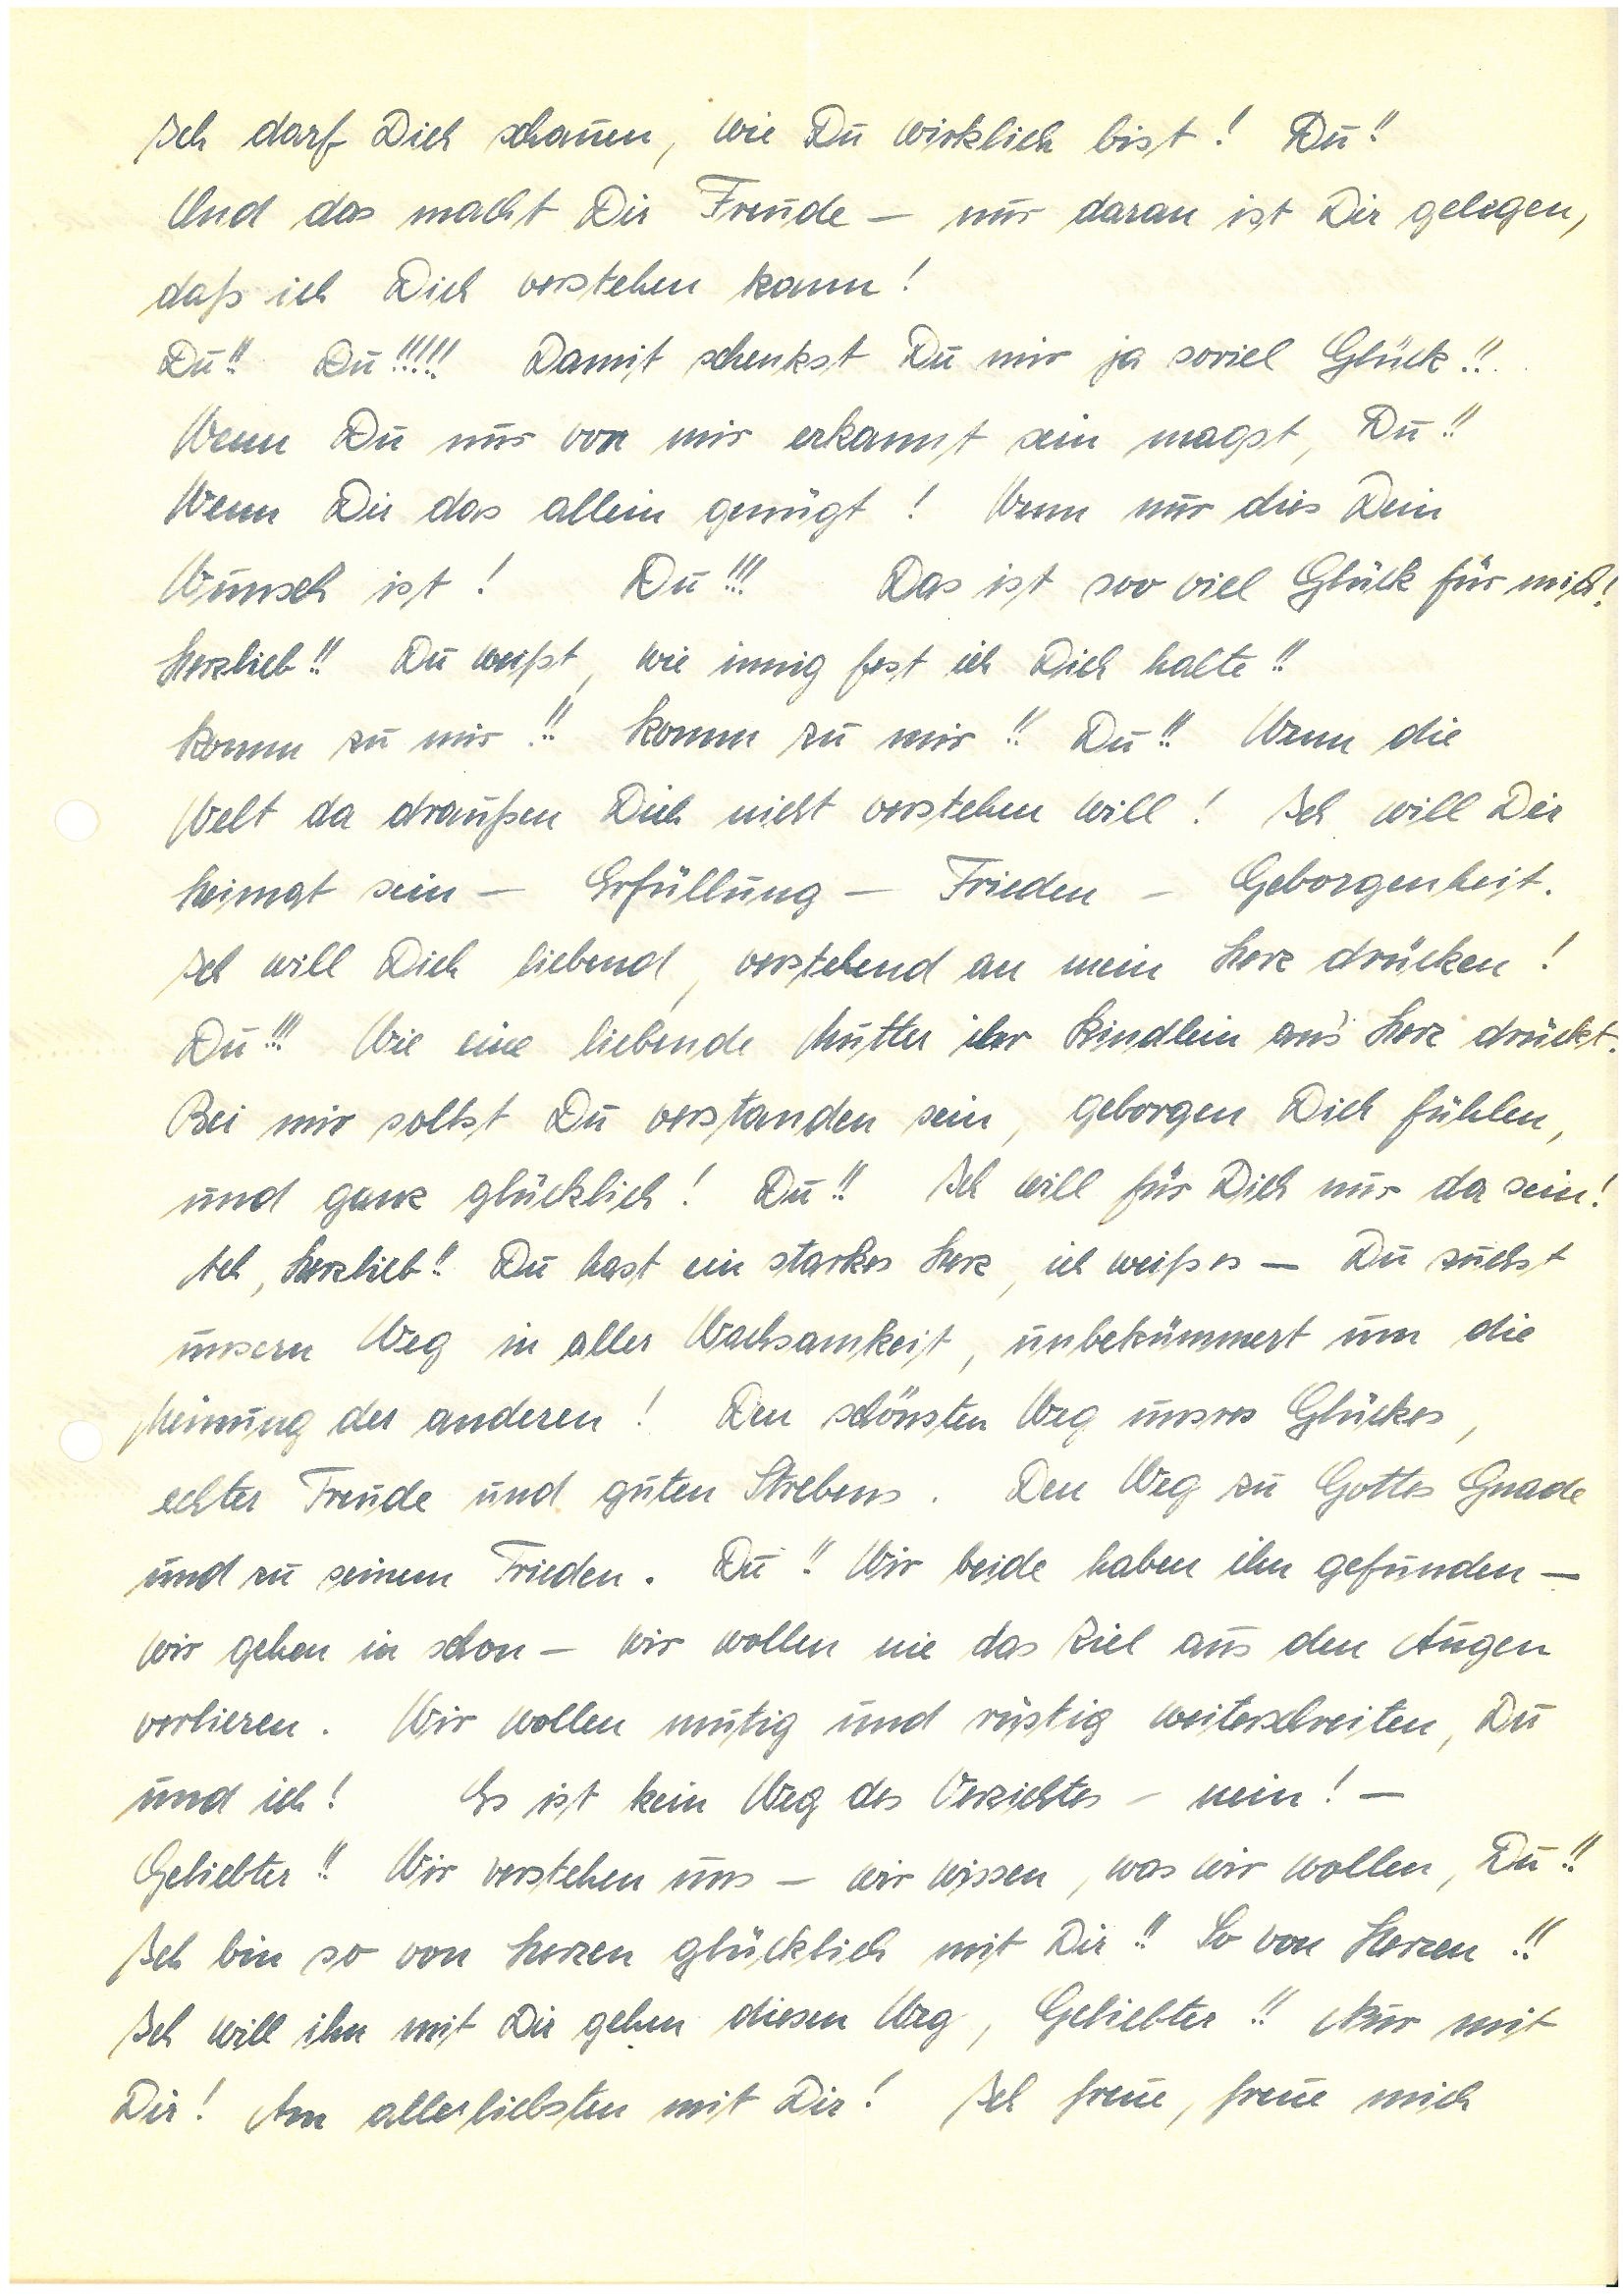
Ich darf Dich schauen, wie Du wirklich bist! Du!!
Und das macht Dir Freude – nur daran ist Dir gelegen,
daß ich Dich verstehen kann!
Du!! Du!!!!! Damit schenkst Du mir ja soviel Glück!!
Wenn Du nur von mir erkannt sein magst, Du!!
Wenn Dir das allein genügt! Wenn nur dies Dein
Wunsch ist! Du!!! Das ist soo viel Glück für mich!
Herzlieb!! Du weißt, wie innig fest ich Dich halte!!
Komm zu mir!! Komm zu mir!! Du!! Wenn die
Welt da draußen Dich nicht verstehen will! Ich will Dir
Heimat sein – Erfüllung – Frieden – Geborgenheit.
Ich will Dich liebend, verstehend an mein Herz drücken!
Du!!! Wie eine liebende Mutter ihr Kindlein an’s Herz drückt.
Bei mir sollst Du verstanden sein, geborgen Dich fühlen,
und ganz glücklich! Du! Ich will für Dich nur da sein!!
Ach, Herzlieb!! Du hast ein starkes Herz, ich weiß es – Du suchst
unsern Weg in aller Wachsamkeit, unbekümmert um die
Meinung der anderen! Den schönsten Weg unsres Glückes,
echter Freude und guten Strebens. Den Weg zu Gottes Gnade
und zu seinem Frieden. Du!! Wir beide haben ihn gefunden –
wir gehen in schon – wir wollen nie das Ziel aus den Augen
verlieren. Wir wollen mutig und rüstig weiter schreiten, Du
und ich! Es ist kein Weg des Verzichtes – nein! –
Geliebter!! Wir verstehen uns – wir wissen, was wir wollen, Du!!
Ich bin so von Herzen glücklich mit Dir!! So von Herzen!!
Ich will ihn mit Dir gehen diesen Weg, Geliebter!! Nur mit
Dir! Am allerliebsten mit Dir! Ich freue, freue mich